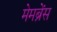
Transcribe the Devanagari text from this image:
मेमब्रेंस